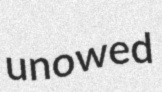
unowed